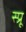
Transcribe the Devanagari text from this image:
स्प्रू